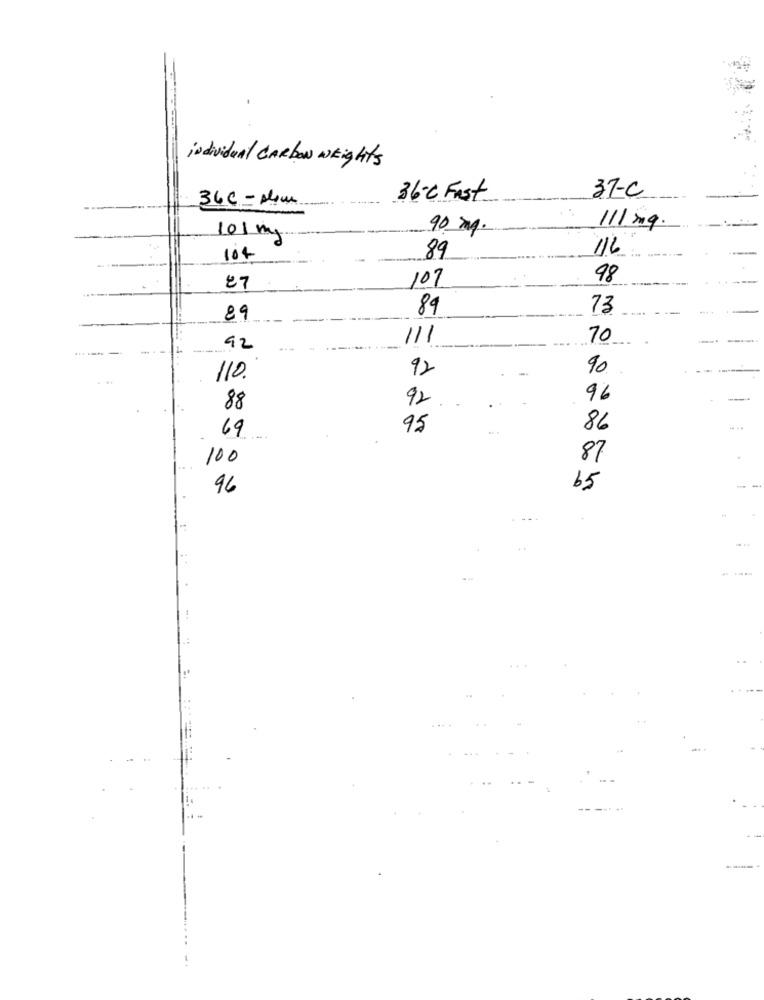
individual Carbon weights
37-C
36C = slim
36℃ Fast
90 mg.
111 mg.
101 mg
89
/16
104
107
98
27
89
73
89
111
10
---
92
92
90
110.
96
88
92
95
86
69
100
87
96
65